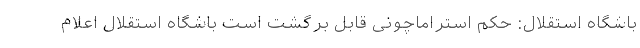
باشگاه استقلال: حکم استراماچونی قابل برگشت است باشگاه استقلال اعلام